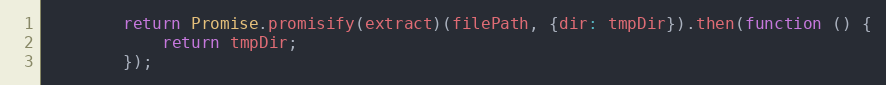
Language: JavaScript
        return Promise.promisify(extract)(filePath, {dir: tmpDir}).then(function () {
            return tmpDir;
        });